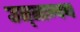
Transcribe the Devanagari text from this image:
उत्त्रान्वय